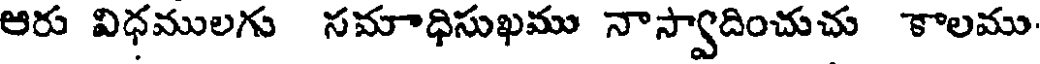
ఆరు విధములగు సమాధిసుఖము నాస్వాదించుచు కాలము